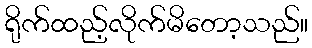
ရိုက်ထည့်လိုက်မိတော့သည်။